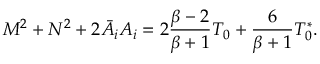
M ^ { 2 } + N ^ { 2 } + 2 \bar { A } _ { i } A _ { i } = 2 { \frac { \beta - 2 } { \beta + 1 } } { \cal T } _ { 0 } + { \frac { 6 } { \beta + 1 } } { \cal T } _ { 0 } ^ { * } .